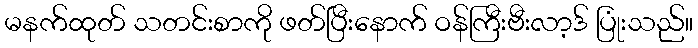
မနက်ထုတ် သတင်းစာကို ဖတ်ပြီးနောက် ဝန်ကြီးဗီးလာ့ဒ် ပြုံးသည်။